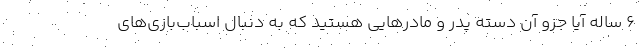
۶ ساله آیا جزو آن دسته پدر و مادرهایی هستید که به دنبال اسباب‌بازی‌های